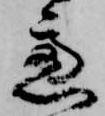
慮